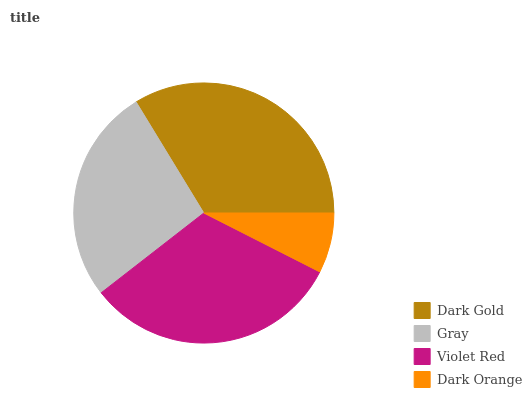
| Dark Gold | Gray | Violet Red | Dark Orange |
 | --- | --- | --- | --- |
 | 33.8% | 26.8% | 32% | 7.48% |